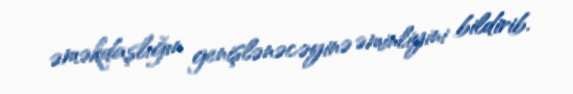
əməkdaşlığın genişlənəcəyinə əminliyini bildirib.